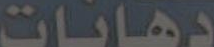
دهانات